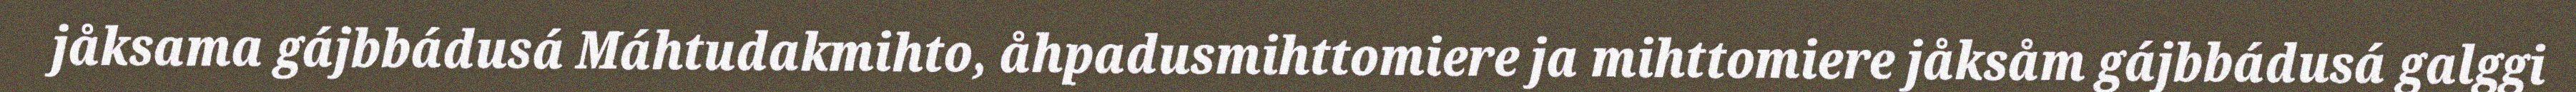
jåksama gájbbádusá Máhtudakmihto, åhpadusmihttomiere ja mihttomiere jåksåm gájbbádusá galggi